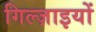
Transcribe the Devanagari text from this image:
गिल्ज़ाइयों